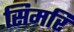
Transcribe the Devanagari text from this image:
सिमरि